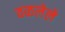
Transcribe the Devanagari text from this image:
वळलेले